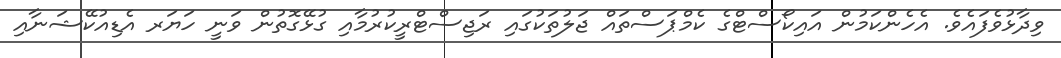
ވިދާޅުވެފައެވެ. އެހެންކަމުން އައިކޯސްޓްގެ ކެމްޕަސްތައް ޖަލުތަކުގައި ރަޖިސްޓްރީކުރުމާއި ގުޅޭގޮތުން ވަނީ ހަޔަރ އެޑިއުކޭޝަނާއި